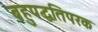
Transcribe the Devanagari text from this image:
बहुपद्धतिपरक